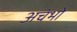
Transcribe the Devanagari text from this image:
अचंभो